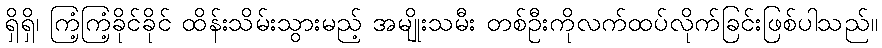
ရှိရှိ၊ ကြံ့ကြံ့ခိုင်ခိုင် ထိန်းသိမ်းသွားမည့် အမျိုးသမီး တစ်ဦးကိုလက်ထပ်လိုက်ခြင်းဖြစ်ပါသည်။